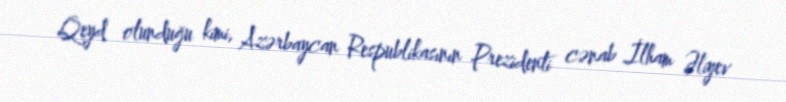
Qeyd olunduğu kimi, Azərbaycan Respublikasının Prezidenti cənab İlham Əliyev